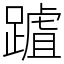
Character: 䠡